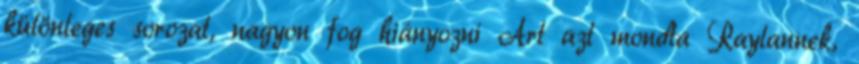
különleges sorozat, nagyon fog hiányozni Art azt mondta Raylannek,